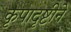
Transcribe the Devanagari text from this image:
कृपादृष्टीने